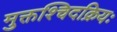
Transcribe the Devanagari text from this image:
मुक्तश्चिदक्रियः